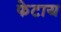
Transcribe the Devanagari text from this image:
फेटाय